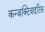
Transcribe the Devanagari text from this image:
कन्जक्टिवाइटिस